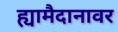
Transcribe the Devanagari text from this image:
ह्यामैदानावर